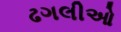
ઢગલીઓ